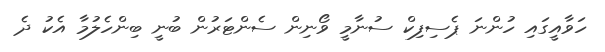
ހަވާއީގައި ހުންނަ ޕެސިފިކް ސުނާމީ ވޯނިން ސެންޓަރުން ބުނީ ބިންހެލުމާ އެކު ދެ